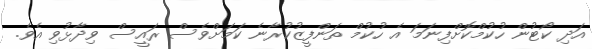
އަދި ކޯޓުން ހުކުމްކޮށްފިނަމަ އެ ހުކުމް ތަންފީޒުކުރާނެ ކަމަށްވެސް ރައީސް ވިދާޅުވި އެވެ.